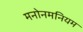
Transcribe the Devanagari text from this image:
मनोनमनियम